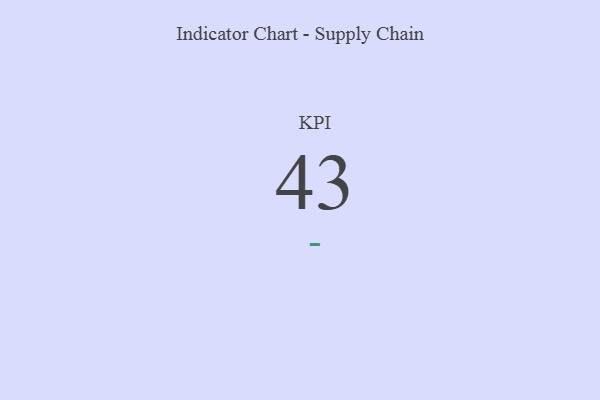
{"axis": {"x": "KPI", "y": "Value"}, "legend": [""], "data": [{"x": "KPI", "y": 43, "type": ""}]}